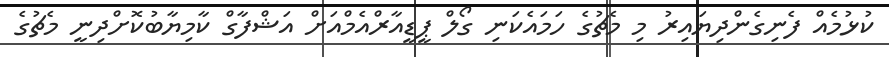
ކުޅުމެއް ފެނިގެންދިޔައިރު މި މެޗުގެ ހަމައެކަނި ގޯލް ޕީޑީއާރްއެމްއަށް އަޝްފާގް ކާމިޔާބުކޮށްދިނީ މެޗުގެ